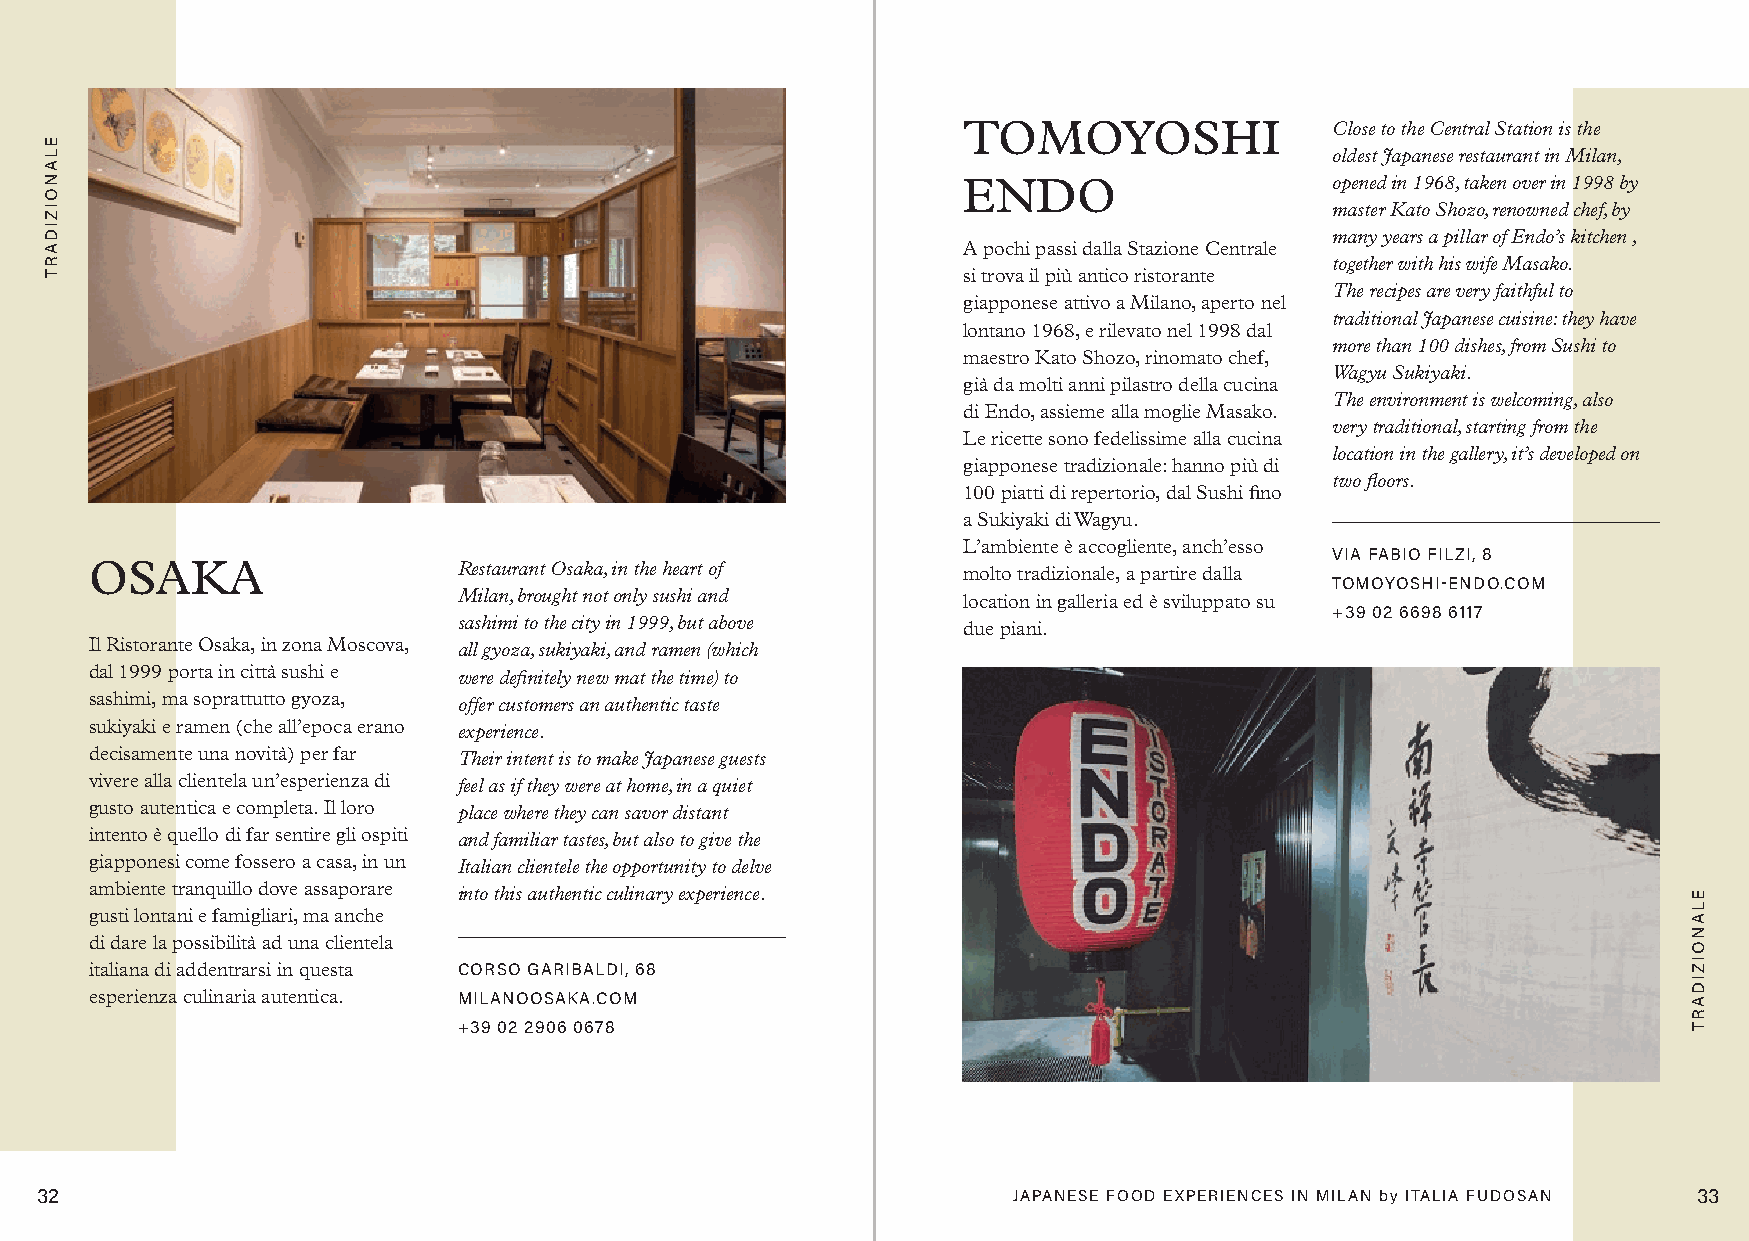
TOMOYOSHI               Close to the Central Station is the
 oldest Japanese restaurant in Milan,
 ENDO                    opened in 1968, taken over in 1998 by
 master Kato Shozo, renowned chef, by
 many years a pillar of Endo’s kitchen ,
 A pochi passi dalla Stazione Centrale
 together with his wife Masako.
 si trova il più antico ristorante
 The recipes are very faithful to
 giapponese attivo a Milano, aperto nel
 traditional Japanese cuisine: they have
 lontano 1968, e rilevato nel 1998 dal
 more than 100 dishes, from Sushi to
 maestro Kato Shozo, rinomato chef,
 Wagyu Sukiyaki.
 già da molti anni pilastro della cucina
 The environment is welcoming, also
 di Endo, assieme alla moglie Masako.
 very traditional, starting from the
 Le ricette sono fedelissime alla cucina
 location in the gallery, it’s developed on
 giapponese tradizionale: hanno più di
 two floors.
 100 piatti di repertorio, dal Sushi fino
 a Sukiyaki di Wagyu.
 L’ambiente è accogliente, anch’esso
 VIA FABIO FILZI, 8
 OSAKA                   Restaurant Osaka, in the heart of molto tradizionale, a partire dalla
 TOMOYOSHI-ENDO.COM
 Milan, brought not only sushi and location in galleria ed è sviluppato su
 +39 02 6698 6117
 sashimi to the city in 1999, but above due piani.
 Il Ristorante Osaka, in zona Moscova, all gyoza, sukiyaki, and ramen (which
 dal 1999 porta in città sushi e were definitely new mat the time) to
 sashimi, ma soprattutto gyoza, offer customers an authentic taste
 sukiyaki e ramen (che all’epoca erano experience.
 decisamente una novità) per far Their intent is to make Japanese guests
 vivere alla clientela un’esperienza di feel as if they were at home, in a quiet
 gusto autentica e completa. Il loro place where they can savor distant
 intento è quello di far sentire gli ospiti and familiar tastes, but also to give the
 giapponesi come fossero a casa, in un Italian clientele the opportunity to delve
 ambiente tranquillo dove assaporare into this authentic culinary experience.
 gusti lontani e famigliari, ma anche
 di dare la possibilità ad una clientela
 italiana di addentrarsi in questa CORSO GARIBALDI, 68
 esperienza culinaria autentica. MILANOOSAKA.COM
 +39 02 2906 0678
 32                                                               JAPANESE FOOD EXPERIENCES IN MILAN by ITALIA FUDOSAN 33
 ELANOIZIDART
 ELANOIZIDART